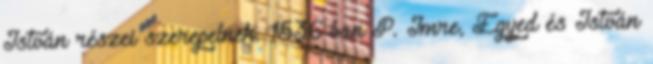
István részei szerepelnek. 1536-ban P. Imre, Egyed és István